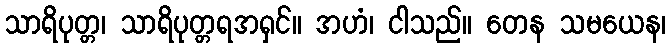
သာရိပုတ္တ၊ သာရိပုတ္တရအရှင်။ အဟံ၊ ငါသည်။ တေန သမယေန၊